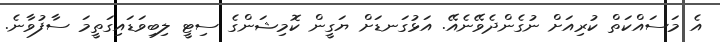
އެ މަސައްކަތް ކުރިއަށް ނުގެންދެވޭނެއޭ. އަޅުގަނޑަށް ޔަގީން ކޮމިޝަންގެ ސިޓީ ލިބިވަޑައިގަތީމަ ސާފުވާނެ.